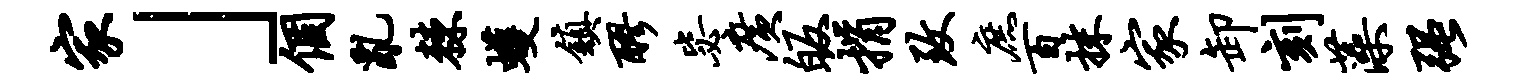
家」个乱棘蠖镇醪毖广皈捐致庶百抹家卸刻藻强